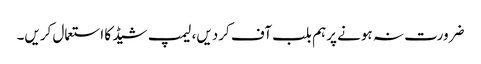
ضرورت نہ ہونے پرہم بلب آف کردیں، لیمپ شیڈ کا استعمال کریں۔